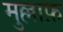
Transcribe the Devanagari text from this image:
मुल्लाफ़